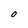
Character: 0